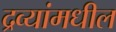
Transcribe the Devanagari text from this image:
द्रव्यांमधील